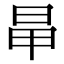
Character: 𣅼